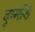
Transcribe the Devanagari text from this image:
दृम्मोंड